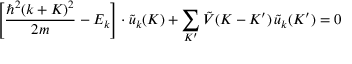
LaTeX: \left[ { \frac { \hbar ^ { 2 } ( k + K ) ^ { 2 } } { 2 m } } - E _ { k } \right] \cdot { \tilde { u } } _ { k } ( K ) + \sum _ { K ^ { \prime } } { \tilde { V } } ( K - K ^ { \prime } ) \, { \tilde { u } } _ { k } ( K ^ { \prime } ) = 0